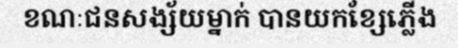
ខណៈជនសង្ស័យម្នាក់ បានយកខ្សែភ្លើង